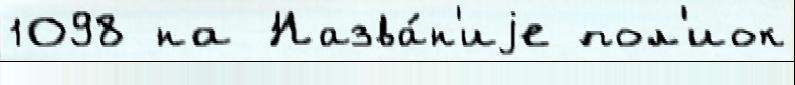
1098 на Назва́н'иjе пол'иок